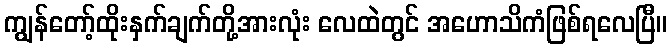
ကျွန်တော့်ထိုးနှက်ချက်တို့အားလုံး လေထဲတွင် အဟောသိကံဖြစ်ရလေပြီ။